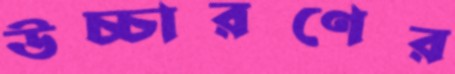
উচ্চারণের